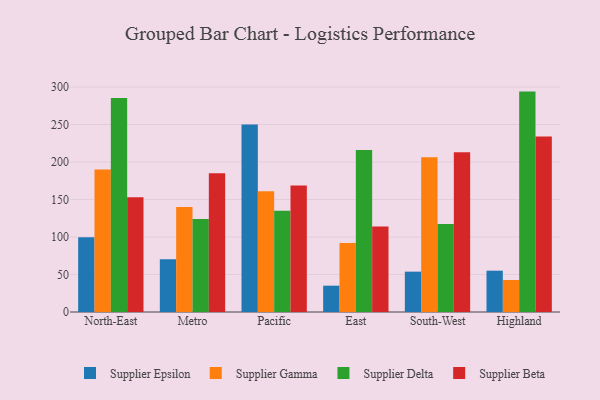
{"axis": {"x": "Region", "y": "Energy Usage (MWh)"}, "legend": ["Supplier Beta", "Supplier Delta", "Supplier Epsilon", "Supplier Gamma"], "data": [{"x": "North-East", "y": 99.6, "type": "Supplier Epsilon"}, {"x": "North-East", "y": 190.1, "type": "Supplier Gamma"}, {"x": "North-East", "y": 285.4, "type": "Supplier Delta"}, {"x": "North-East", "y": 152.9, "type": "Supplier Beta"}, {"x": "Metro", "y": 70.4, "type": "Supplier Epsilon"}, {"x": "Metro", "y": 139.9, "type": "Supplier Gamma"}, {"x": "Metro", "y": 124.0, "type": "Supplier Delta"}, {"x": "Metro", "y": 184.9, "type": "Supplier Beta"}, {"x": "Pacific", "y": 250.1, "type": "Supplier Epsilon"}, {"x": "Pacific", "y": 161.0, "type": "Supplier Gamma"}, {"x": "Pacific", "y": 135.1, "type": "Supplier Delta"}, {"x": "Pacific", "y": 168.8, "type": "Supplier Beta"}, {"x": "East", "y": 35.1, "type": "Supplier Epsilon"}, {"x": "East", "y": 92.1, "type": "Supplier Gamma"}, {"x": "East", "y": 216.0, "type": "Supplier Delta"}, {"x": "East", "y": 114.1, "type": "Supplier Beta"}, {"x": "South-West", "y": 53.8, "type": "Supplier Epsilon"}, {"x": "South-West", "y": 206.4, "type": "Supplier Gamma"}, {"x": "South-West", "y": 117.2, "type": "Supplier Delta"}, {"x": "South-West", "y": 212.9, "type": "Supplier Beta"}, {"x": "Highland", "y": 55.1, "type": "Supplier Epsilon"}, {"x": "Highland", "y": 42.7, "type": "Supplier Gamma"}, {"x": "Highland", "y": 293.9, "type": "Supplier Delta"}, {"x": "Highland", "y": 233.9, "type": "Supplier Beta"}]}